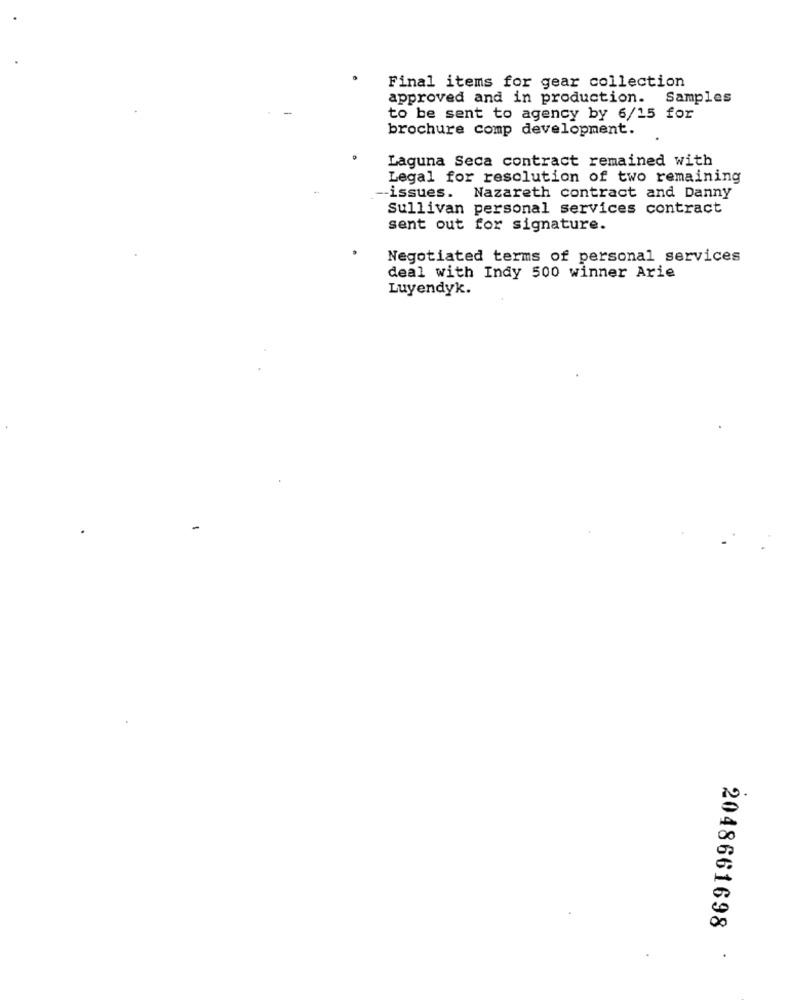
Final items for gear collection
approved and in production. Samples
to be sent to agency by 6/15 for
brochure comp development.
Laguna Seca contract remained with
Legal for resolution of two remaining
issues. Nazareth contract and Danny
Sullivan personal services contract
sent out for signature.
Negotiated terms of personal services
deal with Indy 500 winner Arie
Luyendyk.
2048661698
.